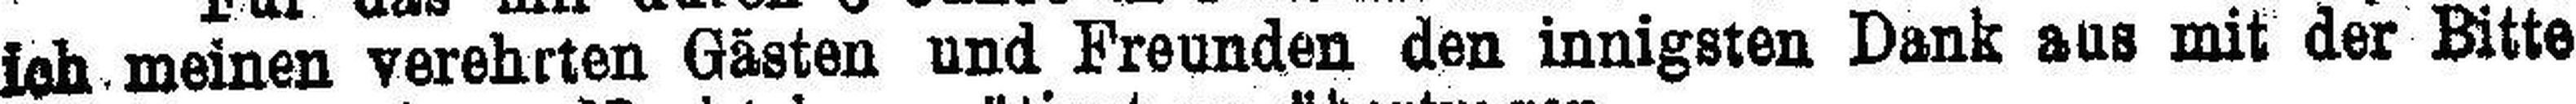
ich meinen verehrten Gästen und Freunden den innigsten Dank aus mit der Bitte